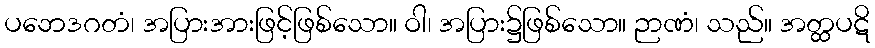
ပဘေဒဂတံ၊ အပြားအားဖြင့်ဖြစ်သော။ ဝါ၊ အပြား၌ဖြစ်သော။ ဉာဏံ၊ သည်။ အတ္ထပဋိ